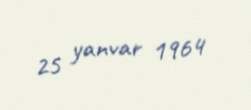
25 yanvar 1964